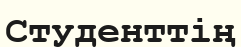
Студенттің